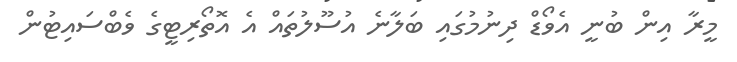
މީރާ އިން ބުނީ އެވޯޑް ދިނުމުގައި ބަލާނެ އުސޫލުތައް އެ އޮތޯރިޓީގެ ވެބްސައިޓުން